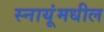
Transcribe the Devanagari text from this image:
स्नायूंमधील